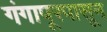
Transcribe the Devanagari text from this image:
गंगापूरपासून